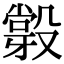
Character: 𣪼